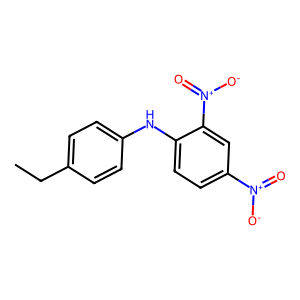
SMILES: CCc1ccc(Nc2ccc([N+](=O)[O-])cc2[N+](=O)[O-])cc1
Inhibits HIV replication: No